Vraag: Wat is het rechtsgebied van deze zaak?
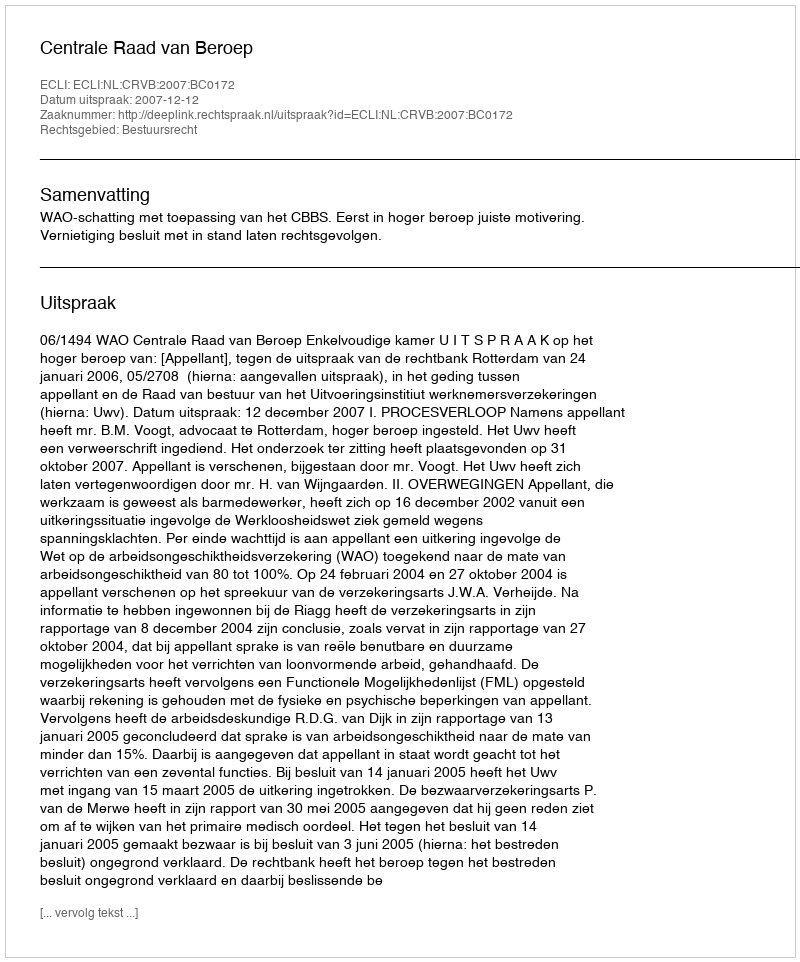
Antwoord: Bestuursrecht